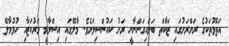
އަތޮޅުތަކުގެ ރަށްރަށުގައި ޒަކާތް ބަލައިގަންނާނީ ރަށު ކައުންސިލަށެވެ. މާލޭގައި އިސްލާމީ މަރުކަޒާއި ހުޅުމާލޭ